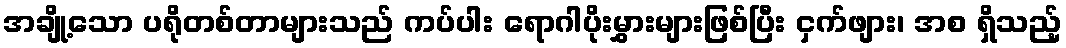
အချို့သော ပရိုတစ်တာများသည် ကပ်ပါး ရောဂါပိုးမွှားများဖြစ်ပြီး ငှက်ဖျား၊ အစ ရှိသည့်